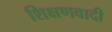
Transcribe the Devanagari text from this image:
शिक्षणवादी